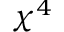
\chi ^ { 4 }